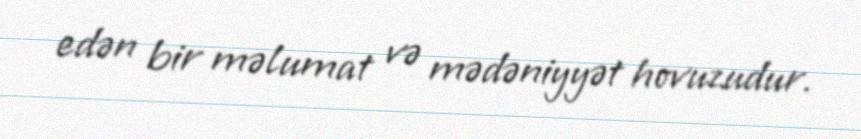
edən bir məlumat və mədəniyyət hovuzudur.